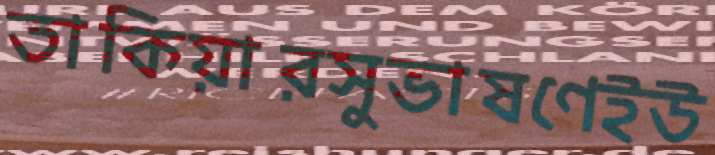
তাকিয়ারসুভাষণেইউ